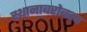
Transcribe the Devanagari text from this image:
स्थानाबरोबरच